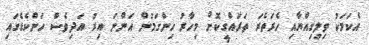
އެކަމަކު ވިލިގިއްޔާއި ހެރަތެރަ ތަރައްގީކޮށް މިހާރު ހިންގަމުން އަންނަ އިރު އަދިވެސް ހަންކެޑެގައި